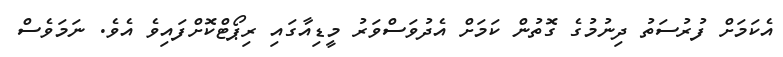
އެކަމަށް ފުރުސަތު ދިނުމުގެ ގޮތުން ކަމަށް އެދުވަސްވަރު މީޑިއާގައި ރިޕޯޓްކޮށްފައިވެ އެވެ. ނަމަވެސް